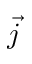
\vec { j }